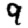
Digit: 9